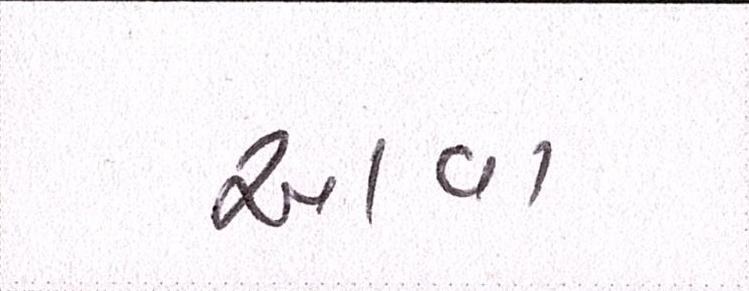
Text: આવા